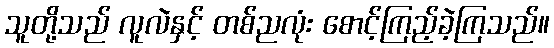
သူတို့သည် လူလဲနှင့် တစ်ညလုံး စောင့်ကြည့်ခဲ့ကြသည်။